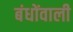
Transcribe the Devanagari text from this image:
बंधोंवाली